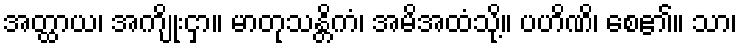
အတ္ထာယ၊ အကျိုးငှာ။ မာတုသန္တိကံ၊ အမိအထံသို့။ ပဟိဏိ၊ စေ၏။ သာ၊